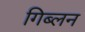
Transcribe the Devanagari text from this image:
गिब्लन